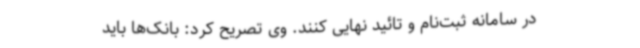
در سامانه ثبت‌نام و تائید نهایی کنند. وی تصریح کرد: بانک‌ها باید